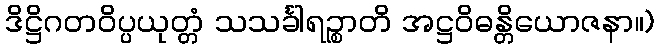
ဒိဋ္ဌိဂတဝိပ္ပယုတ္တံ သသင်္ခါရဉ္စာတိ အဋ္ဌဝိဓန္တိယောဇနာ။)